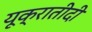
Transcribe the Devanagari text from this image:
यूक्रातीदी